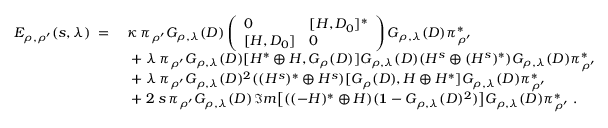
\begin{array} { r l } { E _ { \rho , \rho ^ { \prime } } ( s , \lambda ) \; = \; } & { \kappa \, \pi _ { \rho ^ { \prime } } G _ { \rho , \lambda } ( D ) \left( \begin{array} { l l } { 0 } & { [ H , D _ { 0 } ] ^ { * } } \\ { [ H , D _ { 0 } ] } & { 0 } \end{array} \right) G _ { \rho , \lambda } ( D ) \pi _ { \rho ^ { \prime } } ^ { * } } \\ & { \; + \; \lambda \, \pi _ { \rho ^ { \prime } } G _ { \rho , \lambda } ( D ) [ H ^ { * } \oplus H , G _ { \rho } ( D ) ] G _ { \rho , \lambda } ( D ) ( H ^ { s } \oplus ( H ^ { s } ) ^ { * } ) G _ { \rho , \lambda } ( D ) \pi _ { \rho ^ { \prime } } ^ { * } } \\ & { \; + \; \lambda \, \pi _ { \rho ^ { \prime } } G _ { \rho , \lambda } ( D ) ^ { 2 } ( ( H ^ { s } ) ^ { * } \oplus H ^ { s } ) [ G _ { \rho } ( D ) , H \oplus H ^ { * } ] G _ { \rho , \lambda } ( D ) \pi _ { \rho ^ { \prime } } ^ { * } } \\ & { \; + \; 2 \, s \, \pi _ { \rho ^ { \prime } } G _ { \rho , \lambda } ( D ) \, \Im m \big [ ( ( - H ) ^ { * } \oplus H ) ( { \bf 1 } - G _ { \rho , \lambda } ( D ) ^ { 2 } ) \big ] G _ { \rho , \lambda } ( D ) \pi _ { \rho ^ { \prime } } ^ { * } \; . } \end{array}